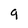
Character: 9